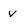
Character: v